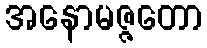
အနောမဇ္ဇတော